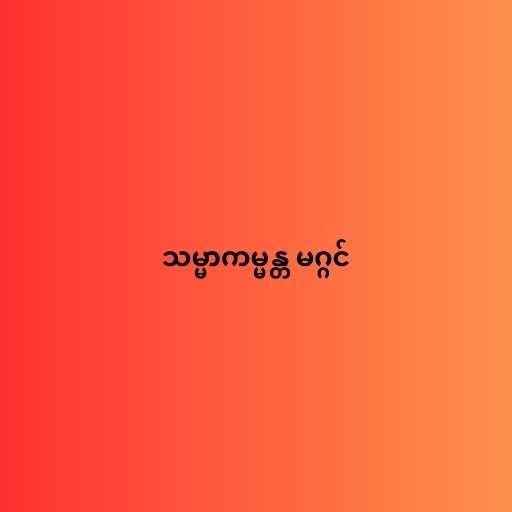
သမ္မာကမ္မန္တ မဂ္ဂင်